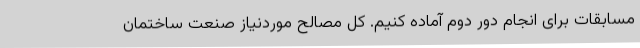
مسابقات برای انجام دور دوم آماده کنیم. کل مصالح موردنیاز صنعت ساختمان